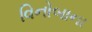
વિનોબાના